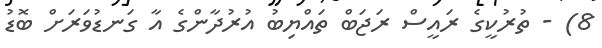
8) - ތުރުކީގެ ރައީސް ރަޖަބް ތައްޔިބު އުރުދާންގެ އާ ގަނޑުވަރަށް ބޮޑު